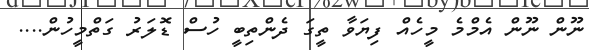
ނޫން ނޫން އެމްމެ މީހެއް ފިޔަވާ ތީގަ ދެންތިބީ ހުސް ޑޮލަރު ގަތްމީހުން....